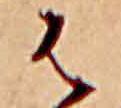
は